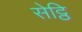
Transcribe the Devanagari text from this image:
सेट्ठि